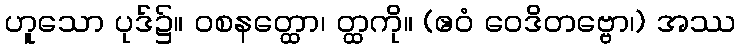
ဟူသော ပုဒ်၌။ ဝစနတ္ထော၊ တ္ထကို။ (ဧဝံ ဝေဒိတဗ္ဗော၊) အဿ